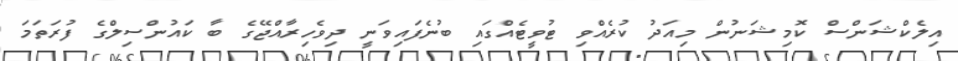
އިލެކްޝަންސް ކޮމިޝަނުން މިއަދު ކުރެއްވި ޓުވީޓެއްގައި ބުނެފައިވަނީ ދިވެހިރާއްޖޭގެ ބާ ކައުންސިލްގެ ފުރަތަމަ